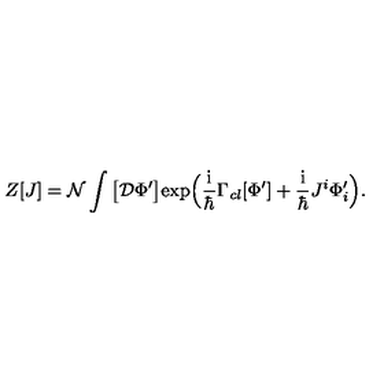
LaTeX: Z [ J ] = \mathcal { N } \int \big [ \mathcal { D } \Phi ^ { \prime } \big ] \mathrm { e x p } \Big ( \frac { \mathrm { i } } { \hbar } \Gamma _ { \mathit { c l } } [ \Phi ^ { \prime } ] + \frac { \mathrm { i } } { \hbar } J ^ { i } \Phi _ { i } ^ { \prime } \Big ) .